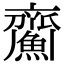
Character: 𩹵